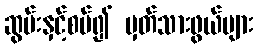
ဆွမ်းနှင့်စပ်၍ မှတ်သားဖွယ်များ